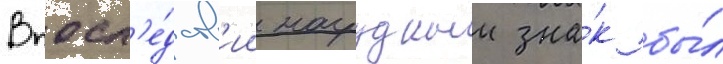
Впосл'е́дств'ии нагрудныи зна́к бы́л